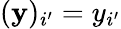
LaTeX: (\textbf{y})_{i^{\prime}}=y_{i^{\prime}}